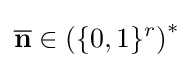
{\overline {\mathbf {n} }}\in \left(\{0,1\}^{r}\right)^{*}